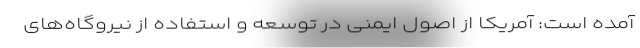
آمده است: آمریکا از اصول ایمنی در توسعه و استفاده از نیروگاه‌های